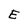
Character: E